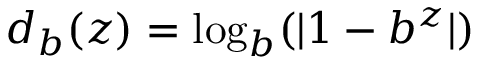
d _ { b } ( z ) = \log _ { b } ( | 1 - b ^ { z } | )